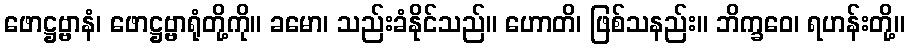
ဖောဋ္ဌဗ္ဗာနံ၊ ဖောဋ္ဌဗ္ဗာရုံတို့ကို။ ခမော၊ သည်းခံနိုင်သည်။ ဟောတိ၊ ဖြစ်သနည်း။ ဘိက္ခဝေ၊ ရဟန်းတို့။